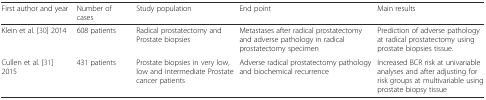
<table><thead><tr><td><b>First author and year</b></td><td><b>Number of cases</b></td><td><b>Study population</b></td><td><b>End point</b></td><td><b>Main results</b></td></tr></thead><tbody><tr><td>Klein et al. [30] 2014</td><td>608 patients</td><td>Radical prostatectomy and Prostate biopsies</td><td>Metastases after radical prostatectomy and adverse pathology in radical prostatectomy specimen</td><td>Prediction of adverse pathology at radical prostatectomy using prostate biopsies tissue.</td></tr><tr><td>Cullen et al. [31] 2015</td><td>431 patients</td><td>Prostate biopsies in very low, low and intermediate Prostate cancer patients</td><td>Adverse radical prostatectomy pathology and biochemical recurrence</td><td>Increased BCR risk at univariable analyses and after adjusting for risk groups at multivariable using prostate biopsy tissue</td></tr></tbody></table>